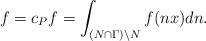
LaTeX: \begin{align*}f=c_Pf=\int_{(N\cap \Gamma)\backslash N}f(nx)dn.\end{align*}